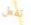
تفعل